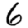
Digit: 6